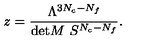
z = \frac { \Lambda ^ { 3 N _ { c } - N _ { f } } } { \mathrm { d e t } M \ S ^ { N _ { c } - N _ { f } } } .